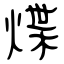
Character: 煠